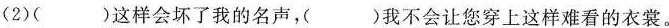
(2)( )这样会坏了我的名声，( )我不会让您穿上这样难看的衣裳。